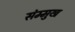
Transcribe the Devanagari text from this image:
संम्मुख